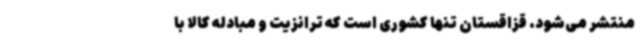
منتشر می‌شود. قزاقستان تنها کشوری است که ترانزیت و مبادله کالا با